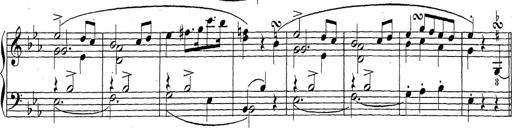
Title: Sonatina Album
Composer: Louis KÃ¶hler